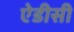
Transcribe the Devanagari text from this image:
ऐडीसी